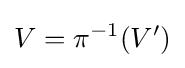
V=\pi ^{-1}(V')